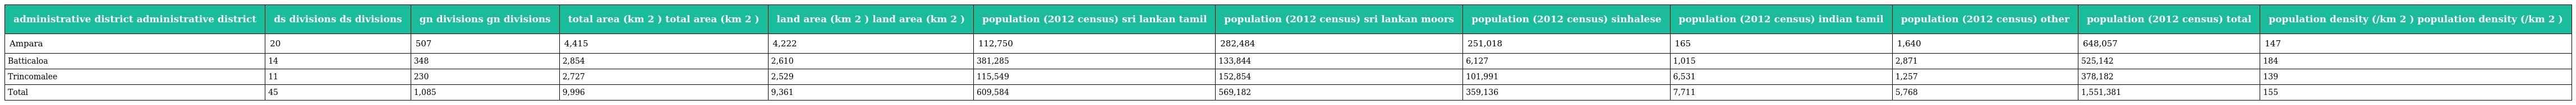
| administrative district administrative district | ds divisions ds divisions | gn divisions gn divisions | total area (km 2 ) total area (km 2 ) | land area (km 2 ) land area (km 2 ) | population (2012 census) sri lankan tamil | population (2012 census) sri lankan moors | population (2012 census) sinhalese | population (2012 census) indian tamil | population (2012 census) other | population (2012 census) total | population density (/km 2 ) population density (/km 2 ) |
 | --- | --- | --- | --- | --- | --- | --- | --- | --- | --- | --- | --- |
 | Ampara | 20 | 507 | 4,415 | 4,222 | 112,750 | 282,484 | 251,018 | 165 | 1,640 | 648,057 | 147 |
 | Batticaloa | 14 | 348 | 2,854 | 2,610 | 381,285 | 133,844 | 6,127 | 1,015 | 2,871 | 525,142 | 184 |
 | Trincomalee | 11 | 230 | 2,727 | 2,529 | 115,549 | 152,854 | 101,991 | 6,531 | 1,257 | 378,182 | 139 |
 | Total | 45 | 1,085 | 9,996 | 9,361 | 609,584 | 569,182 | 359,136 | 7,711 | 5,768 | 1,551,381 | 155 |